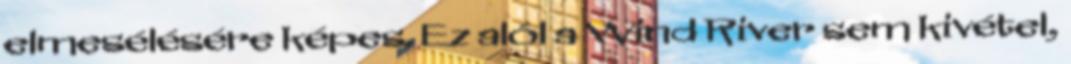
elmesélésére képes. Ez alól a Wind River sem kivétel,